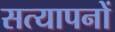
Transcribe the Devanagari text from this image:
सत्यापनों